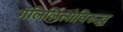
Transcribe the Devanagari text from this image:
गॅलिलिलोविरुद्ध